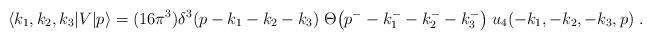
LaTeX: \begin{align*}\langle k_1,k_2,k_3|V|p\rangle= (16 \pi^3) \delta^3(p-k_1-k_2-k_3) \;\Theta\bigl(p^--k_1^--k_2^--k_3^-\bigr)\; u_4(-k_1,-k_2,-k_3,p) \;.\end{align*}